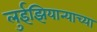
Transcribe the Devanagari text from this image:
लुईझियान्याच्या